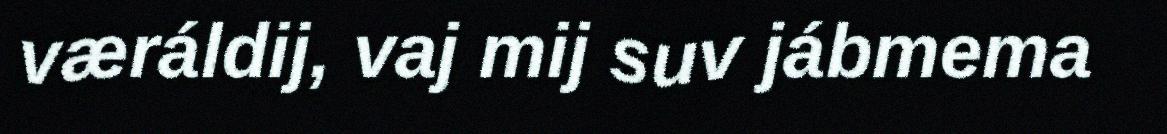
væráldij, vaj mij suv jábmema